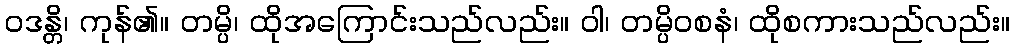
ဝဒန္တိ၊ ကုန်၏။ တမ္ပိ၊ ထိုအကြောင်းသည်လည်း။ ဝါ၊ တမ္ပိဝစနံ၊ ထိုစကားသည်လည်း။